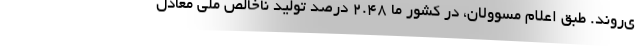
ی‌روند. طبق اعلام مسوولان، در کشور ما ۲.۴۸ درصد تولید ناخالص ملی معادل